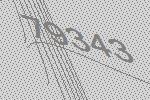
79343